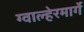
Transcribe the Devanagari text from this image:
ग्वाल्हेरमार्गे